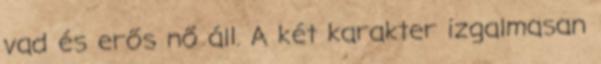
vad és erős nő áll. A két karakter izgalmasan